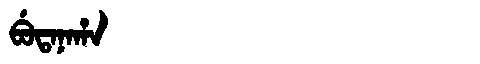
Manchu: ᠪᡠᡨᠠᠨᠠᡥᠠ
Romanization: BUTANAHA